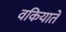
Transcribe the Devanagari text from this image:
वकियाते